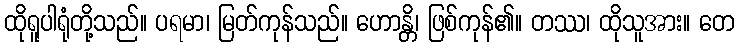
ထိုရူပါရုံတို့သည်။ ပရမာ၊ မြတ်ကုန်သည်။ ဟောန္တိ၊ ဖြစ်ကုန်၏။ တဿ၊ ထိုသူအား။ တေ